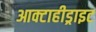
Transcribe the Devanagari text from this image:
आक्टाहीड्राइट